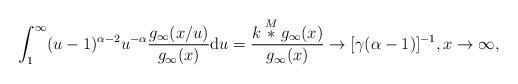
LaTeX: \begin{align*}\int_{1}^{\infty }(u-1)^{\alpha -2}u^{-\alpha }\frac{g_{\infty }(x/u)}{g_{\infty }(x)}\mathrm{d}u=\frac{k\overset{M}{\ast }g_{\infty }(x)}{g_{\infty }(x)}\rightarrow \lbrack \gamma (\alpha -1)]^{-1},x\rightarrow \infty , \end{align*}